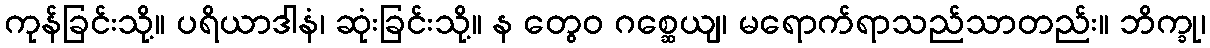
ကုန်ခြင်းသို့။ ပရိယာဒါနံ၊ ဆုံးခြင်းသို့။ န တွေဝ ဂစ္ဆေယျ၊ မရောက်ရာသည်သာတည်း။ ဘိက္ခု၊